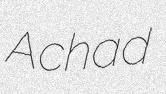
Achad